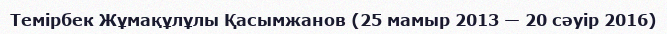
Темірбек Жұмақұлұлы Қасымжанов (25 мамыр 2013 — 20 сәуір 2016)